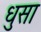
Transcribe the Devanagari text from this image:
धुसा